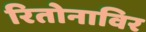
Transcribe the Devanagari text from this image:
रितोनाविर